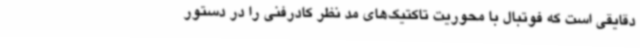
دقایقی است که فوتبال با محوریت تاکتیک‌های مد نظر کادرفنی را در دستور